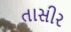
તાસીર